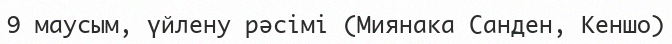
9 маусым, үйлену рәсімі (Миянака Санден, Кеншо)